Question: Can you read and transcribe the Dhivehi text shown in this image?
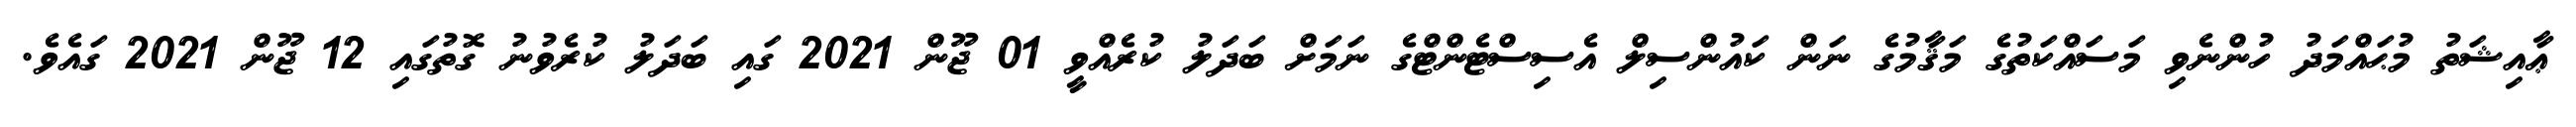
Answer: ޢާއިޝަތު މުޙައްމަދު ހުންނެވި މަސައްކަތުގެ މަޤާމުގެ ނަން ކައުންސިލް އެސިސްޓެންޓްގެ ނަމަށް ބަދަލު ކުރެއްވީ 01 ޖޫން 2021 ގައި ބަދަލު ކުރެވުނު ގޮތުގައި 12 ޖޫން 2021 ގައެވެ.